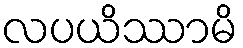
လပယိဿာမိ